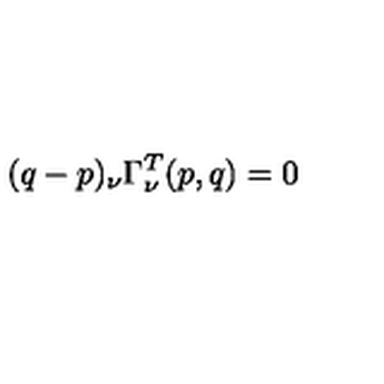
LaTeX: ( q - p ) _ { \nu } \Gamma _ { \nu } ^ { T } ( p , q ) = 0